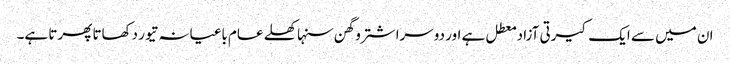
ان میں سے ایک کیرتی آزاد معطل ہے اور دوسرا شترو گھن سنہا کھلے عام باغیانہ تیور دکھاتا پھرتا ہے۔